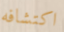
اكتشافه